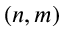
( n , m )